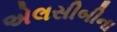
એલસીબીના